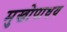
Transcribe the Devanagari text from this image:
मुखोपाधय